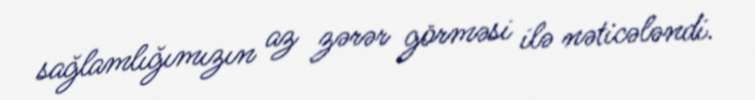
sağlamlığımızın az zərər görməsi ilə nəticələndi.